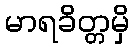
မာရခိတ္တမှိ